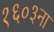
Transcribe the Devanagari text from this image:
१६०३ना